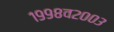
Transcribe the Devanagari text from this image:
१९९८व२००३